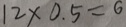
1 2 \times 0 . 5 = 6